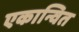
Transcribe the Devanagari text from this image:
एकान्वित